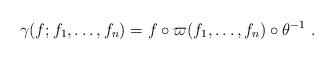
LaTeX: \begin{align*}\gamma(f;f_1,\dots,f_n)= f\circ\varpi(f_1,\dots,f_n)\circ\theta^{-1}\ .\end{align*}